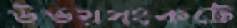
উভয়সংকটে